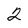
Character: 2